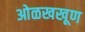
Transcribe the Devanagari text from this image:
ओळखखूण